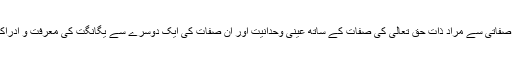
توحید صفاتی سے مراد ذات حق تعالیٰ کی صفات کے ساتھ عینی وحدانیت اور ان صفات کی ایک دوسرے سے یگانگت کی معرفت و ادراک ہے۔